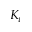
K _ { \iota }